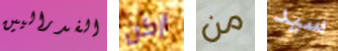
الفدراليين أركن من سيد